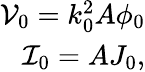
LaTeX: \begin{array}{r}{\mathcal{V}_{0}=k_{0}^{2}A\phi_{0}}\\ {\mathcal{I}_{0}=AJ_{0},}\end{array}